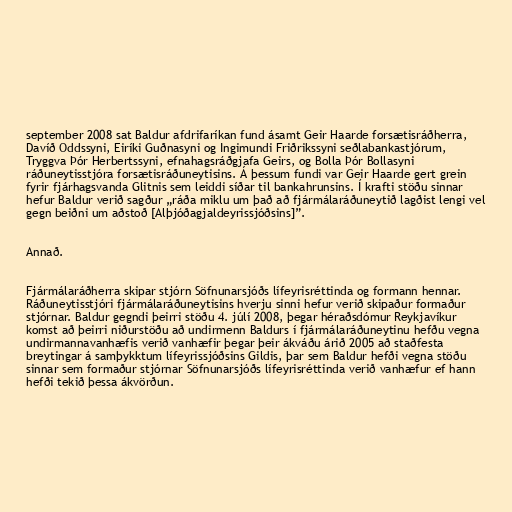
september 2008 sat Baldur afdrifaríkan fund ásamt Geir Haarde forsætisráðherra,
Davíð Oddssyni, Eiríki Guðnasyni og Ingimundi Friðrikssyni seðlabankastjórum,
Tryggva Þór Herbertssyni, efnahagsráðgjafa Geirs, og Bolla Þór Bollasyni
ráðuneytisstjóra forsætisráðuneytisins. Á þessum fundi var Geir Haarde gert grein
fyrir fjárhagsvanda Glitnis sem leiddi síðar til bankahrunsins. Í krafti stöðu sinnar
hefur Baldur verið sagður „ráða miklu um það að fjármálaráðuneytið lagðist lengi vel
gegn beiðni um aðstoð [Alþjóðagjaldeyrissjóðsins]”.

Annað.

Fjármálaráðherra skipar stjórn Söfnunarsjóðs lífeyrisréttinda og formann hennar.
Ráðuneytisstjóri fjármálaráðuneytisins hverju sinni hefur verið skipaður formaður
stjórnar. Baldur gegndi þeirri stöðu 4. júlí 2008, þegar héraðsdómur Reykjavíkur
komst að þeirri niðurstöðu að undirmenn Baldurs í fjármálaráðuneytinu hefðu vegna
undirmannavanhæfis verið vanhæfir þegar þeir ákváðu árið 2005 að staðfesta
breytingar á samþykktum lífeyrissjóðsins Gildis, þar sem Baldur hefði vegna stöðu
sinnar sem formaður stjórnar Söfnunarsjóðs lífeyrisréttinda verið vanhæfur ef hann
hefði tekið þessa ákvörðun.